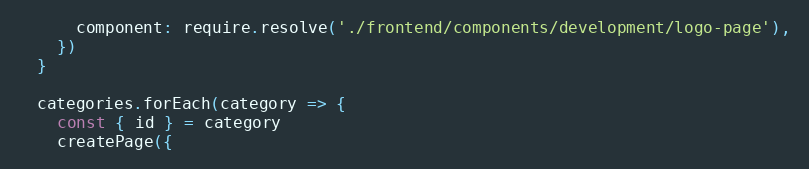
Language: JavaScript
      component: require.resolve('./frontend/components/development/logo-page'),
    })
  }

  categories.forEach(category => {
    const { id } = category
    createPage({